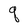
Character: q